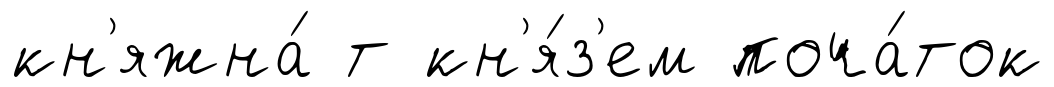
кн'яжна́ т кн'я́з'ем поча́ток